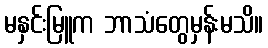
မနှင်းမြူက ဘာသံတွေမှန်းမသိ။